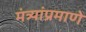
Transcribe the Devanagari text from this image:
मंत्र्यांप्रमाणे